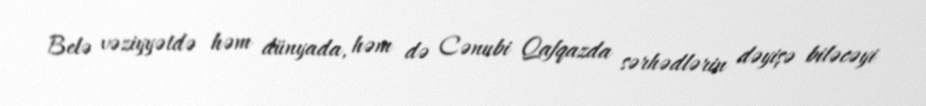
Belə vəziyyətdə həm dünyada, həm də Cənubi Qafqazda sərhədlərin dəyişə biləcəyi